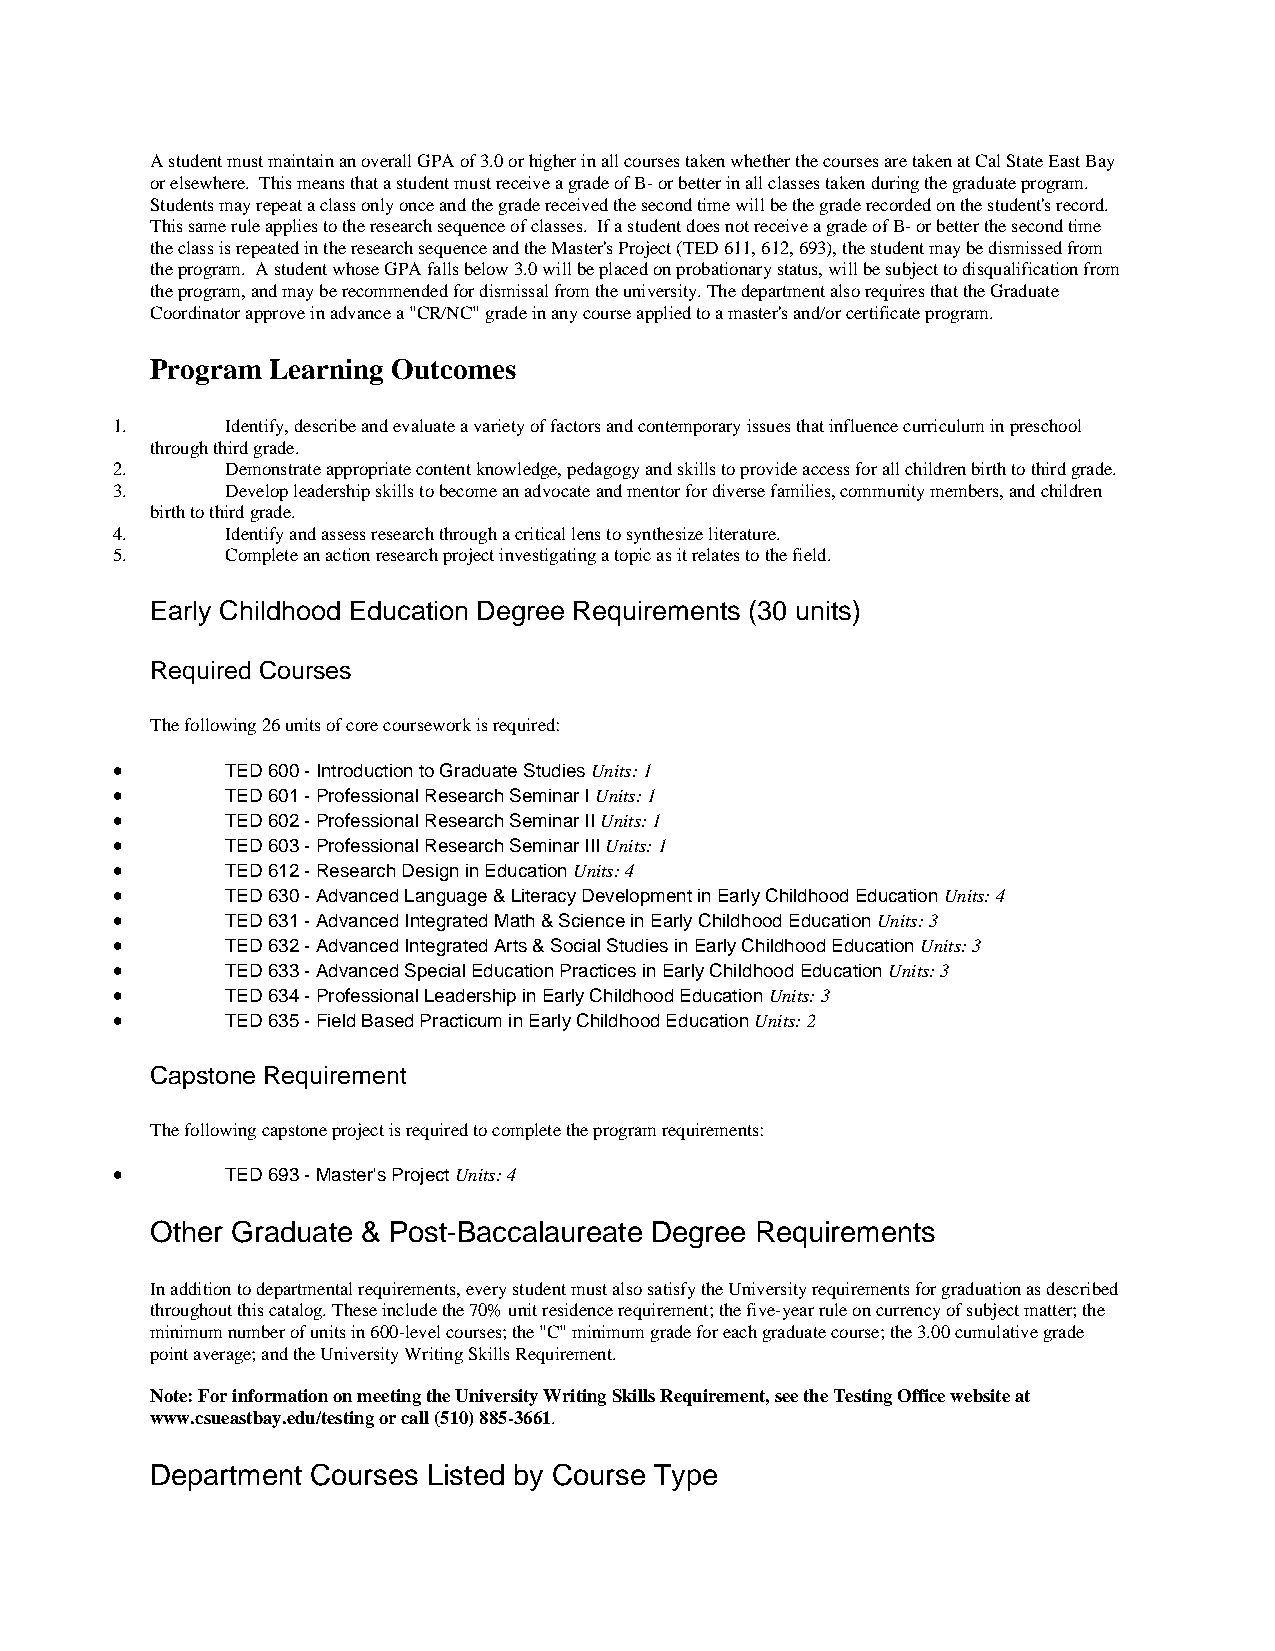
A student must maintain an overall GPA of 3.0 or higher in all courses taken whether the courses are taken at Cal State East Bay
 or elsewhere. This means that a student must receive a grade of B- or better in all classes taken during the graduate program.
 Students may repeat a class only once and the grade received the second time will be the grade recorded on the student's record.
 This same rule applies to the research sequence of classes. If a student does not receive a grade of B- or better the second time
 the class is repeated in the research sequence and the Master's Project (TED 611, 612, 693), the student may be dismissed from
 the program. A student whose GPA falls below 3.0 will be placed on probationary status, will be subject to disqualification from
 the program, and may be recommended for dismissal from the university. The department also requires that the Graduate
 Coordinator approve in advance a "CR/NC" grade in any course applied to a master's and/or certificate program.
 Program Learning Outcomes
 1.      Identify, describe and evaluate a variety of factors and contemporary issues that influence curriculum in preschool
 through third grade.
 2.      Demonstrate appropriate content knowledge, pedagogy and skills to provide access for all children birth to third grade.
 3.      Develop leadership skills to become an advocate and mentor for diverse families, community members, and children
 birth to third grade.
 4.      Identify and assess research through a critical lens to synthesize literature.
 5.      Complete an action research project investigating a topic as it relates to the field.
 Early Childhood Education Degree Requirements (30 units)
 Required Courses
 The following 26 units of core coursework is required:
 •       TED 600 - Introduction to Graduate Studies Units: 1
 •       TED 601 - Professional Research Seminar I Units: 1
 •       TED 602 - Professional Research Seminar II Units: 1
 •       TED 603 - Professional Research Seminar III Units: 1
 •       TED 612 - Research Design in Education Units: 4
 •       TED 630 - Advanced Language & Literacy Development in Early Childhood Education Units: 4
 •       TED 631 - Advanced Integrated Math & Science in Early Childhood Education Units: 3
 •       TED 632 - Advanced Integrated Arts & Social Studies in Early Childhood Education Units: 3
 •       TED 633 - Advanced Special Education Practices in Early Childhood Education Units: 3
 •       TED 634 - Professional Leadership in Early Childhood Education Units: 3
 •       TED 635 - Field Based Practicum in Early Childhood Education Units: 2
 Capstone Requirement
 The following capstone project is required to complete the program requirements:
 •       TED 693 - Master's Project Units: 4
 Other Graduate & Post-Baccalaureate Degree Requirements
 In addition to departmental requirements, every student must also satisfy the University requirements for graduation as described
 throughout this catalog. These include the 70% unit residence requirement; the five-year rule on currency of subject matter; the
 minimum number of units in 600-level courses; the "C" minimum grade for each graduate course; the 3.00 cumulative grade
 point average; and the University Writing Skills Requirement.
 Note: For information on meeting the University Writing Skills Requirement, see the Testing Office website at
 www.csueastbay.edu/testing or call (510) 885-3661.
 Department Courses Listed by Course Type